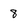
Character: 8